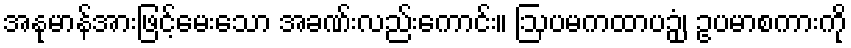
အနုမာန်အားဖြင့်မေးသော အခဏ်းလည်းကောင်း။ ဩပမကထာပဉှံ၊ ဥပမာစကားကို